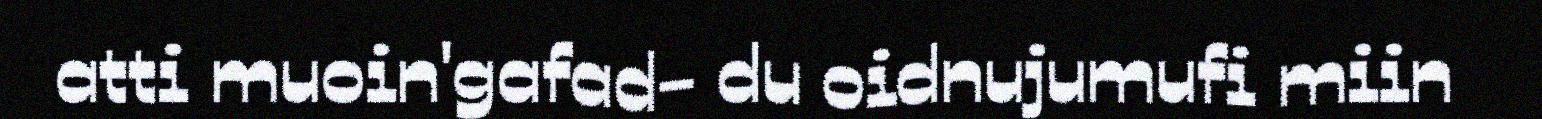
atti muoin'gafad- du oidnujumufi miin